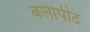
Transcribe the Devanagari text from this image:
बलीपीट